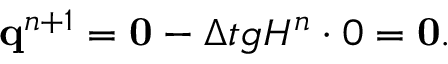
\mathbf { q } ^ { n + 1 } = \mathbf { 0 } - { \Delta t } g H ^ { n } \cdot 0 = \mathbf { 0 } .